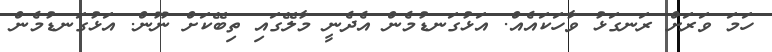
ހަމަ ވަރަށް ރަނގަޅު ވާހަކައެއް. އަޅުގަނޑުމެން އެދެނީ މާލޭގައި ތިބޭކަށް ނޫން. އަޅުގަނޑުމެން